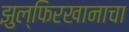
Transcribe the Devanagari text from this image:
झुल्फिरखानाचा